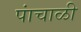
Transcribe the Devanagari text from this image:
पांचाळी